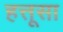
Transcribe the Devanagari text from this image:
हत्तूसा